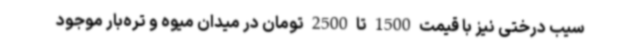
سیب درختی نیز با قیمت 1500 تا 2500 تومان در میدان میوه و تره‌بار موجود